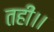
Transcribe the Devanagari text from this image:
तहीं।।